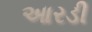
આરડી